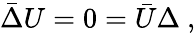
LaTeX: \bar{\Delta}U=0=\bar{U}\Delta\ ,